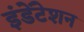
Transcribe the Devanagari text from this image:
इंडेंटेशन